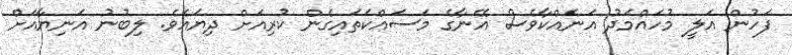
ފަހުން އަލީ މުހައްމަދު އަނެއްކާވެސް އޭނާގެ މަސައްކަތައިގެން ކުރިއަށް ދިޔައެވެ. ލިބުނު އަނިޔާއަށް